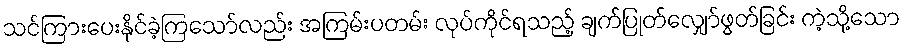
သင်ကြားပေးနိုင်ခဲ့ကြသော်လည်း အကြမ်းပတမ်း လုပ်ကိုင်ရသည့် ချက်ပြုတ်လျှော်ဖွတ်ခြင်း ကဲ့သို့သော